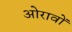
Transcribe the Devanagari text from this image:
ओरावों